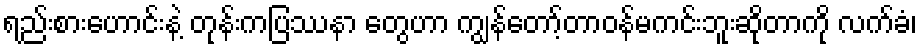
ရည်းစားဟောင်းနဲ့ တုန်းကပြဿနာ တွေဟာ ကျွန်တော့်တာဝန်မကင်းဘူးဆိုတာကို လက်ခံ၊